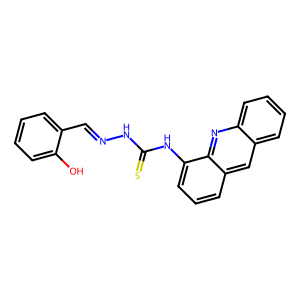
SMILES: Oc1ccccc1C=NNC(=S)Nc1cccc2cc3ccccc3nc12
Inhibits HIV replication: No